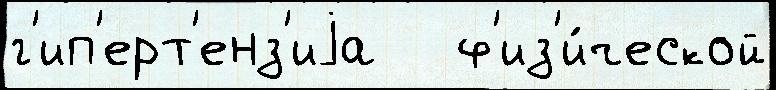
г'ип'ерт'енз'иjа   ф'из'и́ческой